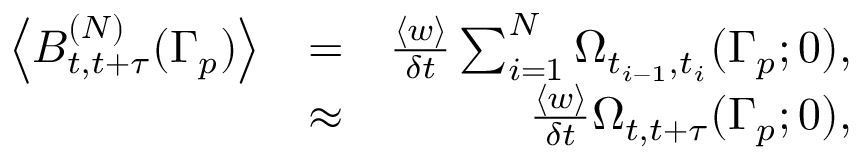
\begin{array} { r l r } { \left< B _ { t , t + \tau } ^ { ( N ) } ( \Gamma _ { p } ) \right> } & { = } & { \frac { \left< w \right> } { \delta t } \sum _ { i = 1 } ^ { N } \Omega _ { t _ { i - 1 } , t _ { i } } ( \Gamma _ { p } ; 0 ) , } \\ & { \approx } & { \frac { \left< w \right> } { \delta t } \Omega _ { t , t + \tau } ( \Gamma _ { p } ; 0 ) , } \end{array}